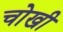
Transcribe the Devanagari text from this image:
चोखी